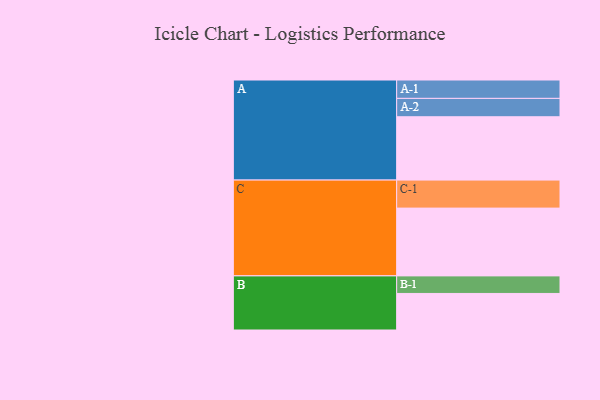
{"axis": {"x": "Segment", "y": "Value"}, "legend": ["", "A", "B", "C"], "data": [{"x": "A", "y": 551, "type": ""}, {"x": "B", "y": 318, "type": ""}, {"x": "C", "y": 590, "type": ""}, {"x": "A-1", "y": 160, "type": "A"}, {"x": "A-2", "y": 160, "type": "A"}, {"x": "B-1", "y": 153, "type": "B"}, {"x": "C-1", "y": 244, "type": "C"}]}